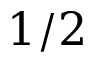
1 / 2